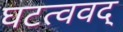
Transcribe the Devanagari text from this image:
घटत्ववद्